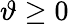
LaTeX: \vartheta\ge 0